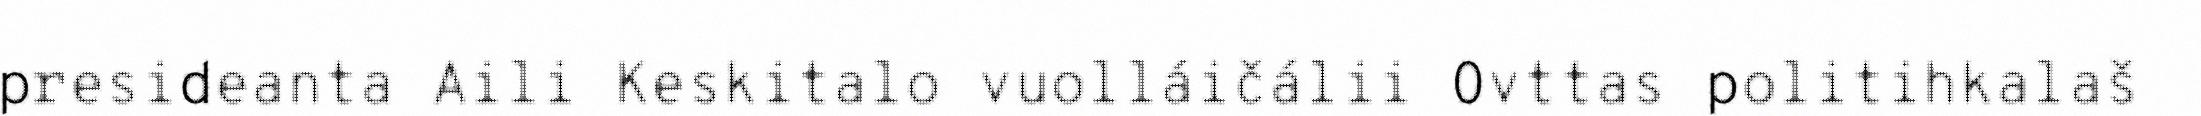
presideanta Aili Keskitalo vuolláičálii Ovttas politihkalaš